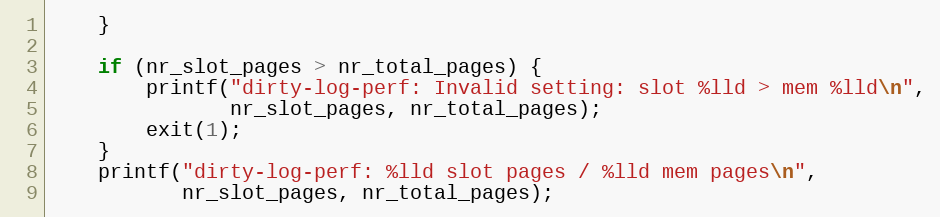
Language: C++
    }

    if (nr_slot_pages > nr_total_pages) {
        printf("dirty-log-perf: Invalid setting: slot %lld > mem %lld\n",
               nr_slot_pages, nr_total_pages);
        exit(1);
    }
    printf("dirty-log-perf: %lld slot pages / %lld mem pages\n",
           nr_slot_pages, nr_total_pages);